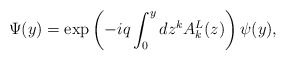
\begin{align*}\Psi (y) = \exp \left( { - iq\int_0^y {dz^k A_k^L (z)} }\right)\psi (y) , \end{align*}